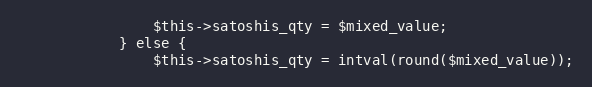
Language: PHP
                $this->satoshis_qty = $mixed_value;
            } else {
                $this->satoshis_qty = intval(round($mixed_value));